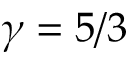
\gamma = 5 / 3